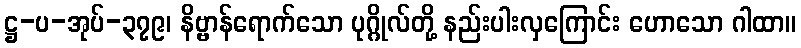
ဋ္ဌ-ပ-အုပ်-၃၇၉၊ နိဗ္ဗာန်ရောက်သော ပုဂ္ဂိုလ်တို့ နည်းပါးလှကြောင်း ဟောသော ဂါထာ။